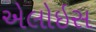
એલોઇસ